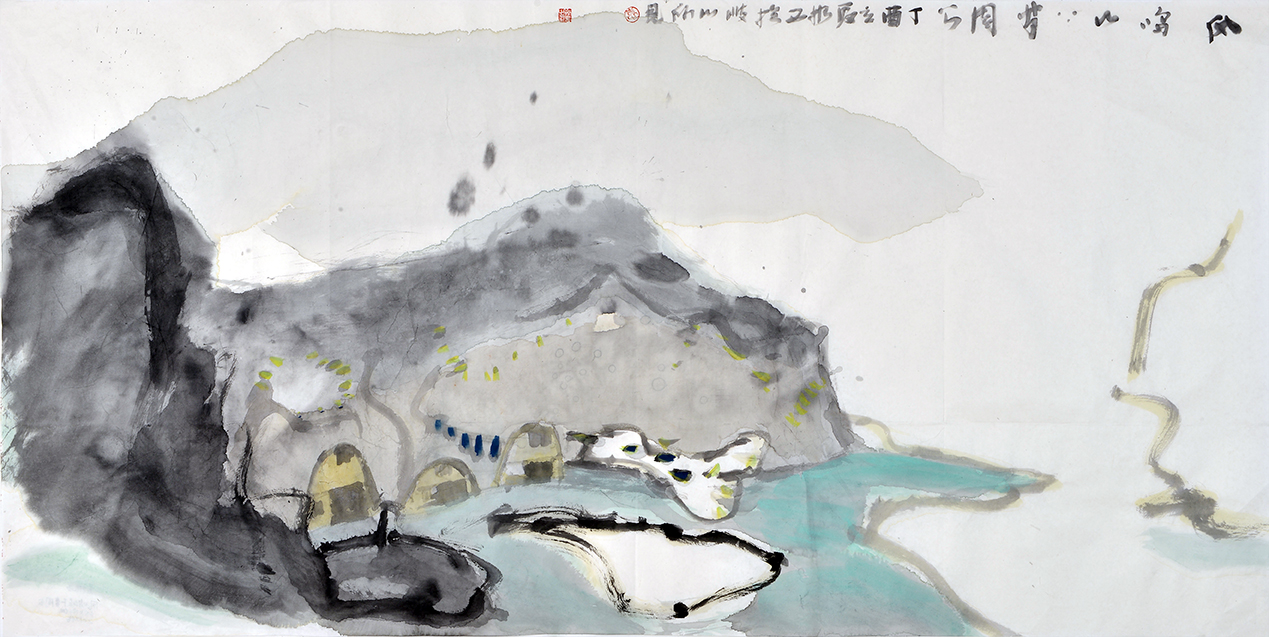
孤雁不饮啄，飞鸣声念群。